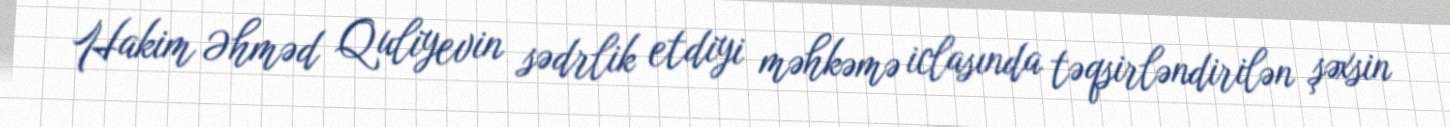
Hakim Əhməd Quliyevin sədrlik etdiyi məhkəmə iclasında təqsirləndirilən şəxsin